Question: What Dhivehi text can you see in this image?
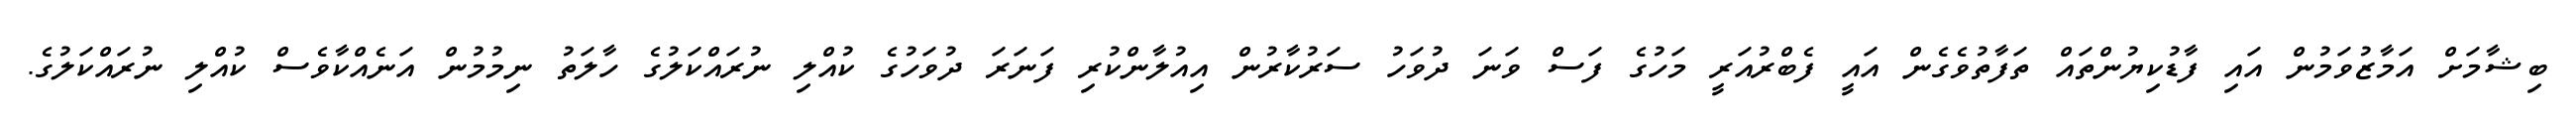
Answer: ބިޝާމަށް އަމާޒުވަމުން އައި ފާޑުކިޔުންތައް ތަފާތުވެގެން އައީ ފެބްރުއަރީ މަހުގެ ފަސް ވަނަ ދުވަހު ސަރުކާރުން އިއުލާންކުރި ފަނަރަ ދުވަހުގެ ކުއްލި ނުރައްކަލުގެ ހާލަތު ނިމުމުން އަނެއްކާވެސް ކުއްލި ނުރައްކަލުގެ.